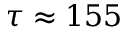
\tau \approx 1 5 5